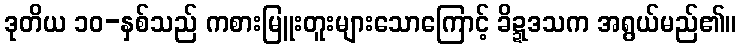
ဒုတိယ ၁၀-နှစ်သည် ကစားမြူးတူးများသောကြောင့် ခိဍ္ဍဒသက အရွယ်မည်၏။